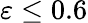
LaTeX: \varepsilon\leq 0.6